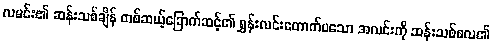
လမင်း၏ ဆန်းသစ်ချိန် တစ်ဆယ့်ခြောက်ဆင့်၏ ရွှန်းလင်းတောက်ပသော အလင်းကို ဆန်းသစ်စလ၏